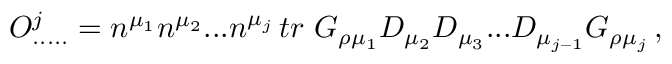
O _ { . . . . . } ^ { j } = n ^ { \mu _ { 1 } } n ^ { \mu _ { 2 } } . . . n ^ { \mu _ { j } } \, t r \, \, G _ { \rho \mu _ { 1 } } D _ { \mu _ { 2 } } D _ { \mu _ { 3 } } . . . D _ { \mu _ { j - 1 } } G _ { \rho \mu _ { j } } \, ,